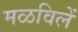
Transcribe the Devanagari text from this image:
मळविलें